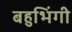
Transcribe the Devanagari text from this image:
बहुभिंगी